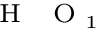
_ { { \mathrm { ~ \scriptsize ~ H ~ } } { \mathrm { ~ \scriptsize ~ O ~ } } _ { 1 } }